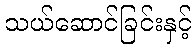
သယ်ဆောင်ခြင်းနှင့်